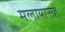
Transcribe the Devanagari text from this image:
मलायासह